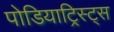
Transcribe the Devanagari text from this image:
पोडियाट्रिस्ट्स